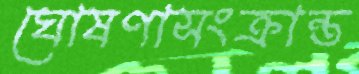
ঘোষণাসংক্রান্ত